kultuurilooline_kollektsioon, lk 5
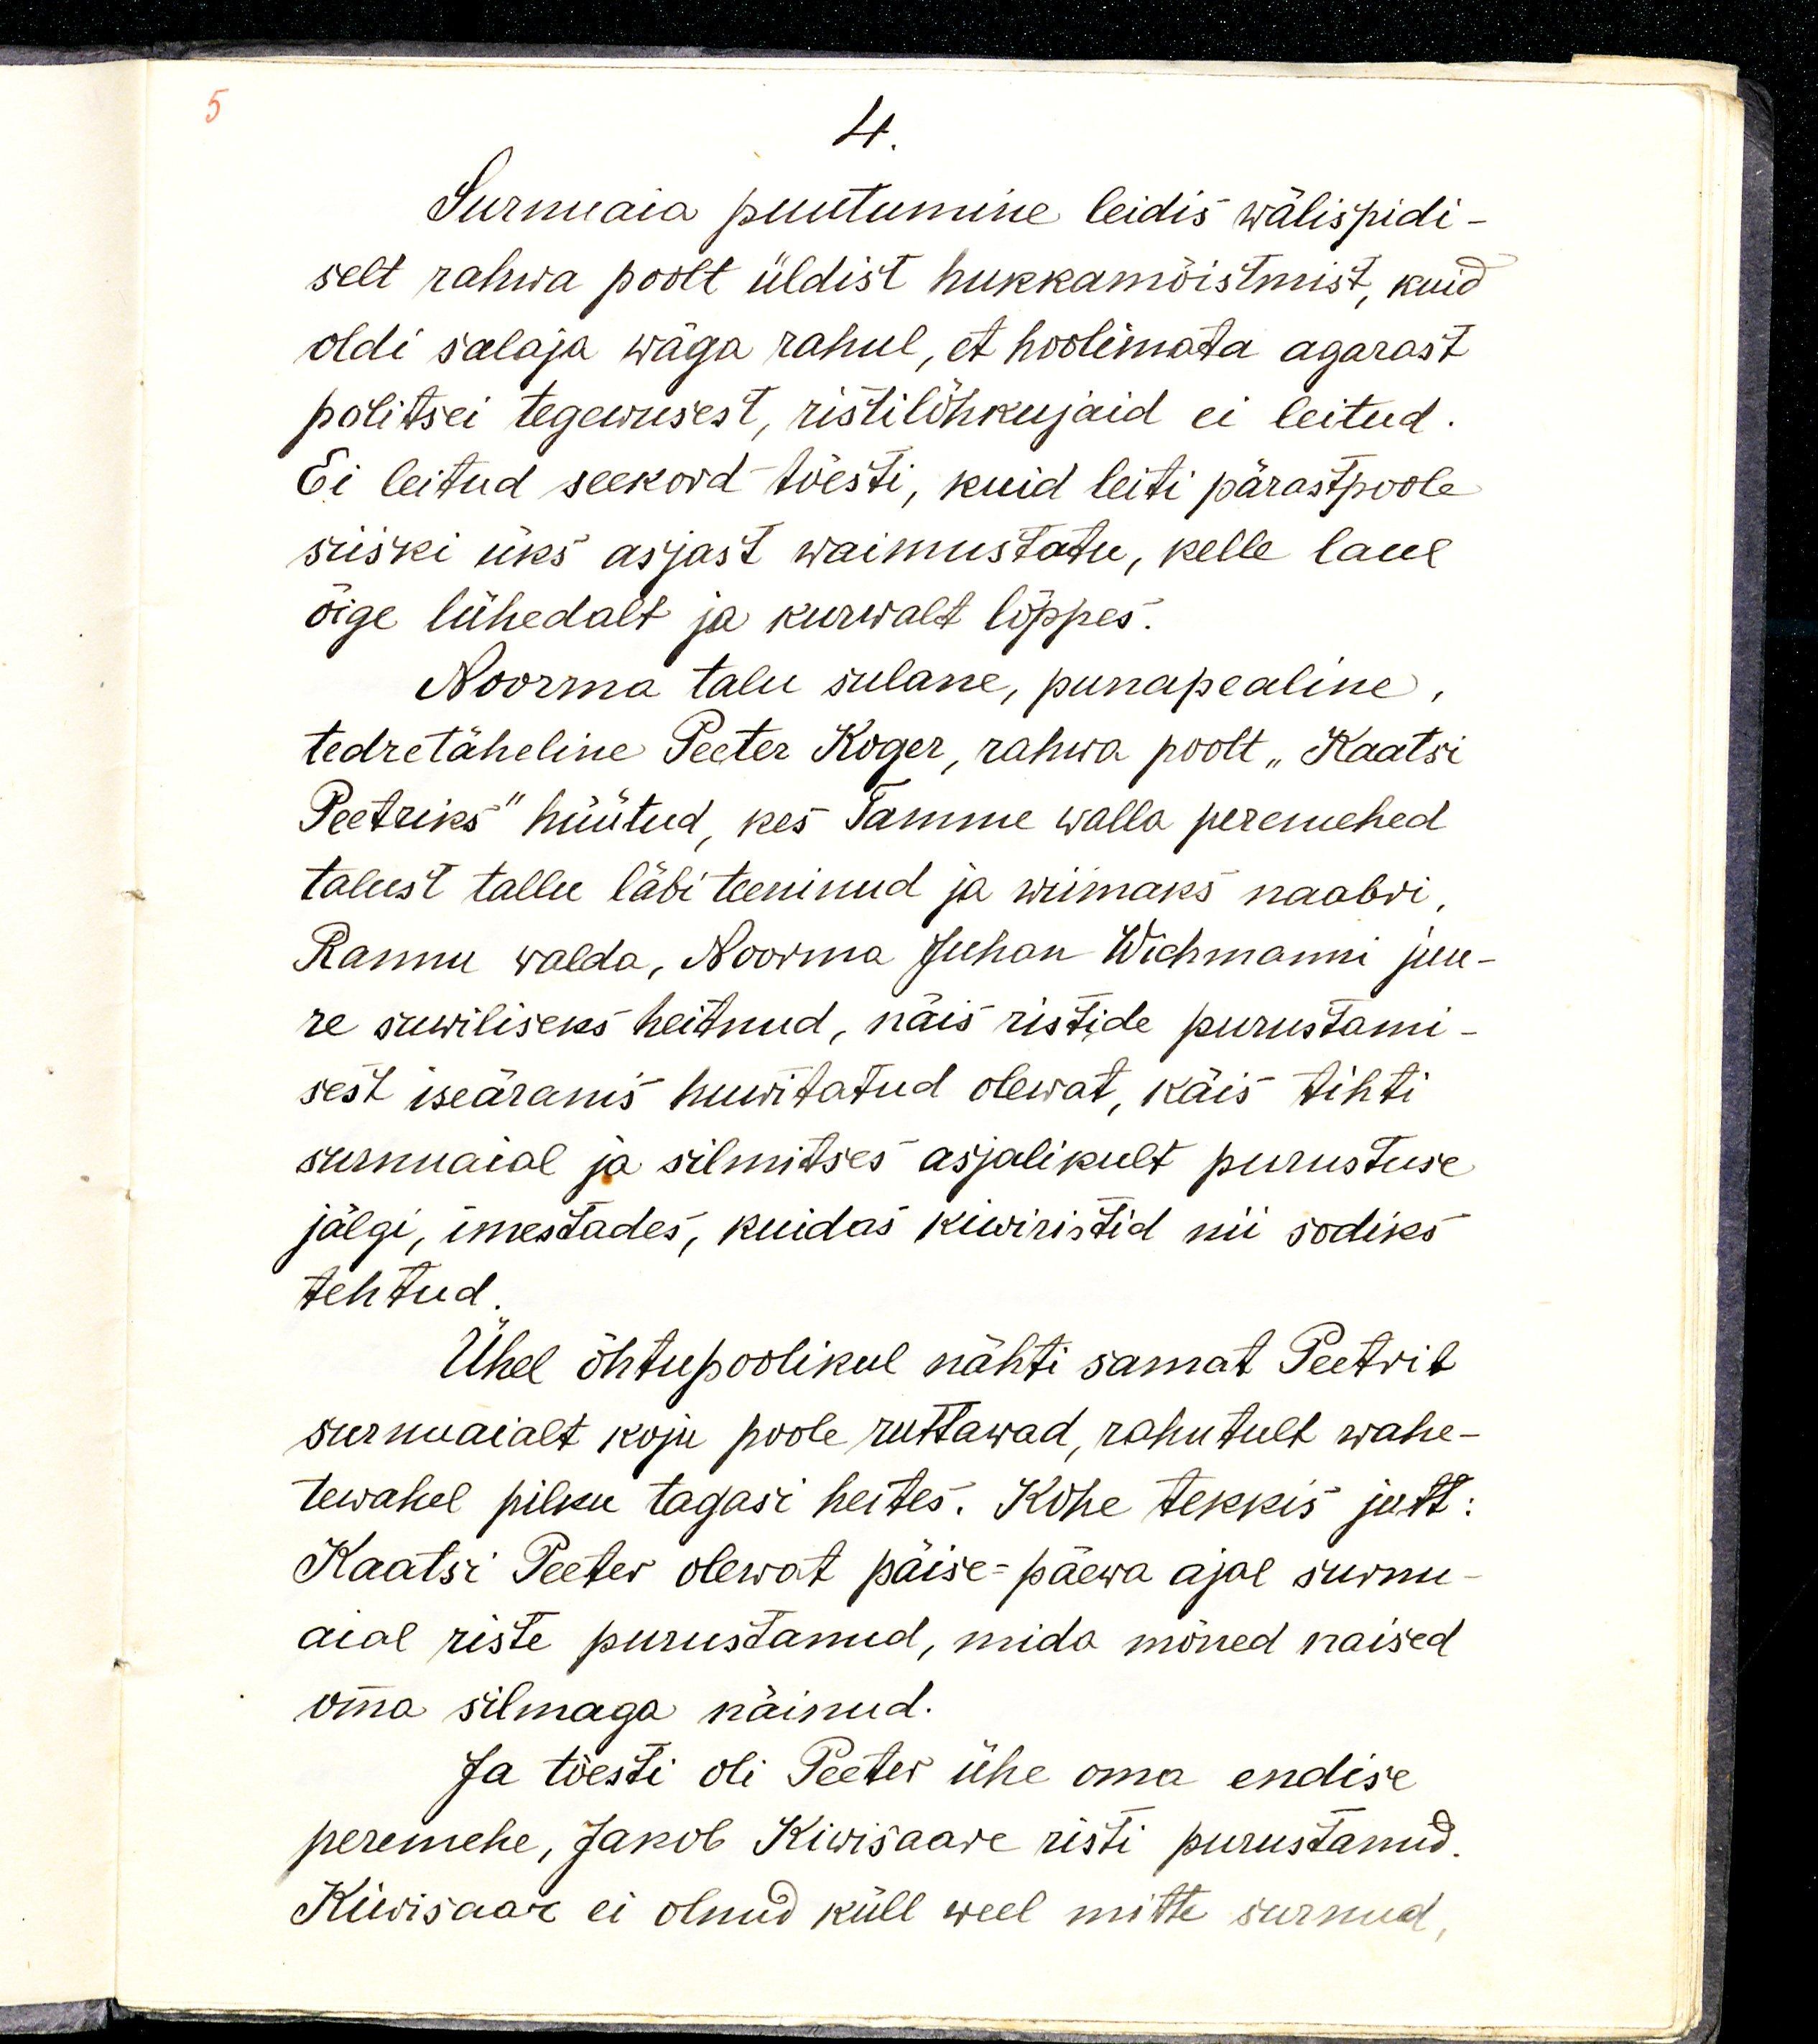
4.
Surnuaia puutumine leidis wälispidi-
selt rahwa poolt üldist hukkamõistmist, kuid
oldi salaja wäga rahul, et hoolimata agarast
politsei tegewusest, ristilõhkujaid ei leitud. 
Ei leitud seekord tõesti, kuid leiti pärastpoole
siiski üks asjast waimustatu, kelle laul
õige lühedalt ja kurwalt lõppes.
Noorma talu sulane, punapealine,
tedretäheline Peeter Koger, rahwa poolt „Kaatsi
Peeteriks“ hüütud, kes Tamme walla peremehed
talust tallu läbi teeninud ja wiimaks naabri,
Rannu walda, Noorma Juhan Wichmanni juu-
re suwiliseks heitnud, näis ristide purustami-
sest iseäranis huwitatud olewat, käis tihti
surnuaial ja silmitses asjalikult purustuse 
jälgi, imestades, kuidas kiwiristid nii sodiks
tehtud.
Ühel õhtupoolikul nähti samat Peetrit
surnuaialt koju poole ruttawad, rahutult wahe-
tewahel pilku tagasi heites. Kohe tekkis jutt:
Kaatsi Peeter olewat päise-päewa ajal surnu-
aial riste purustanud, mida mõned naised
oma silmaga näinud.
Ja tõesti oli Peeter ühe oma endise
peremehe, Jakob Kiwisaare risti purustanud. 
Kiwisaar ei olnud küll weel surnud,